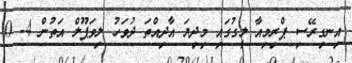
އިނގިރޭސި ޕްރިމިއާ ލީގުގައި މިދިޔަ އާދިއްތަ ދުވަހު ލިވަޕޫލް އަތުން 4- 0